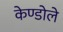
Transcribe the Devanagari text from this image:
केण्डोले